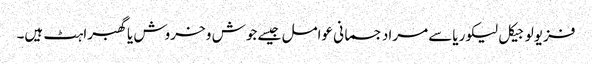
فزیولوجیکل لیکوریاسے مراد جسمانی عوامل جیسے جوش و خروش یاگھبراہٹ ہیں۔